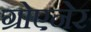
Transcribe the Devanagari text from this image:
ग्रोएनेर